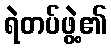
ရဲတပ်ဖွဲ့၏